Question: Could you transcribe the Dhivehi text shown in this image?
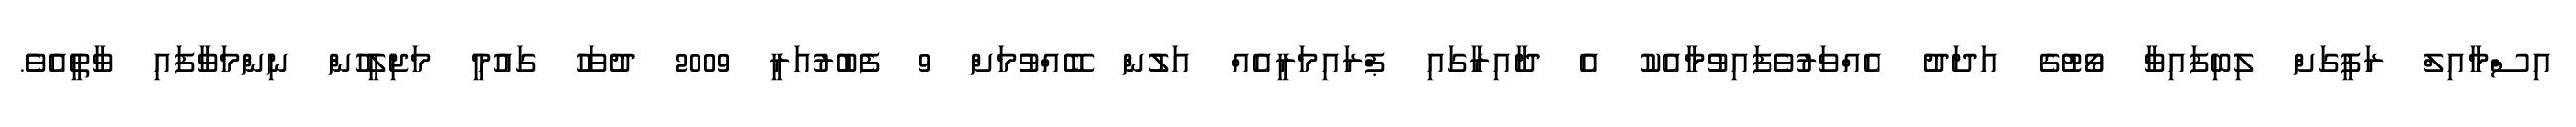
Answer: އިސްމާއިލް ރަފީގަށް ލިބިފައިވާ ވޯޓުގެ އަދަދު އެއްވަރުވެފައިވުމާއެކު އެ ދާއިރާގައި ޕްރައިމަރީއެއް އަލުން ބޭއްވުމަށް 9 ފެބުރުއަރީ 2009 ދުވަހު ގައުމީ މަޖިލީހުން ނިންމަވާފައި ވާތީއެވެ.